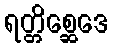
ရတ္တိစ္ဆေဒေ